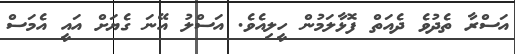
އަސްރާ ތެދުވެ ދެއަތް ފޮޅާލަމުން ހީލިއެވެ. އަސްލު އޭނަ ގެޔަށް އައީ އެމަސް